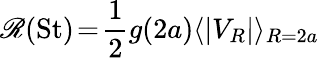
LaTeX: \mathscr{R}({\mathrm{St}})\! =\! \frac{1}{2}g(2a)\langle|V_{R}|\rangle_{R=2a}